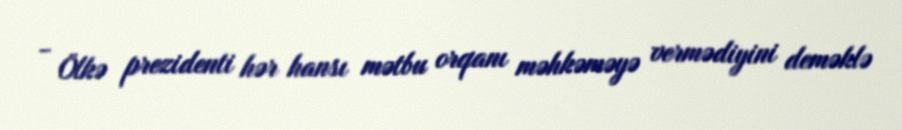
- Ölkə prezidenti hər hansı mətbu orqanı məhkəməyə vermədiyini deməklə